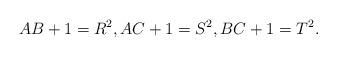
LaTeX: \begin{align*} AB+1=R^2,AC+1=S^2,BC+1=T^2.\end{align*}